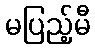
မပြည့်မီ